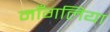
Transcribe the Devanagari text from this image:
माँगलिया